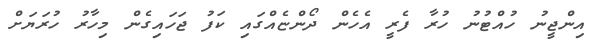
އިންޖީނު ހުއްޓުނު ހުރާ ފެރީ އެހެން ދޯންޏެއްގައި ކަފު ޖަހައިގެން މިހާރު ހުރަޔަށް